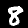
Digit: 8